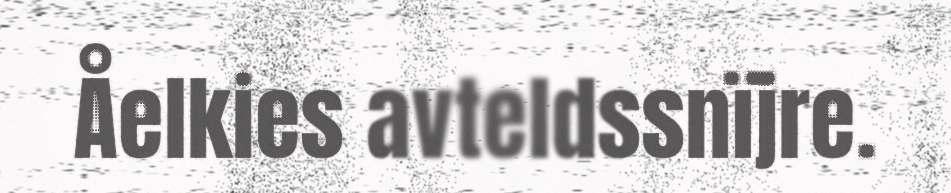
Åelkies avteldssnïjre.